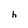
Character: h